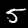
Label: 5